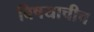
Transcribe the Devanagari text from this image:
विषयाचीच